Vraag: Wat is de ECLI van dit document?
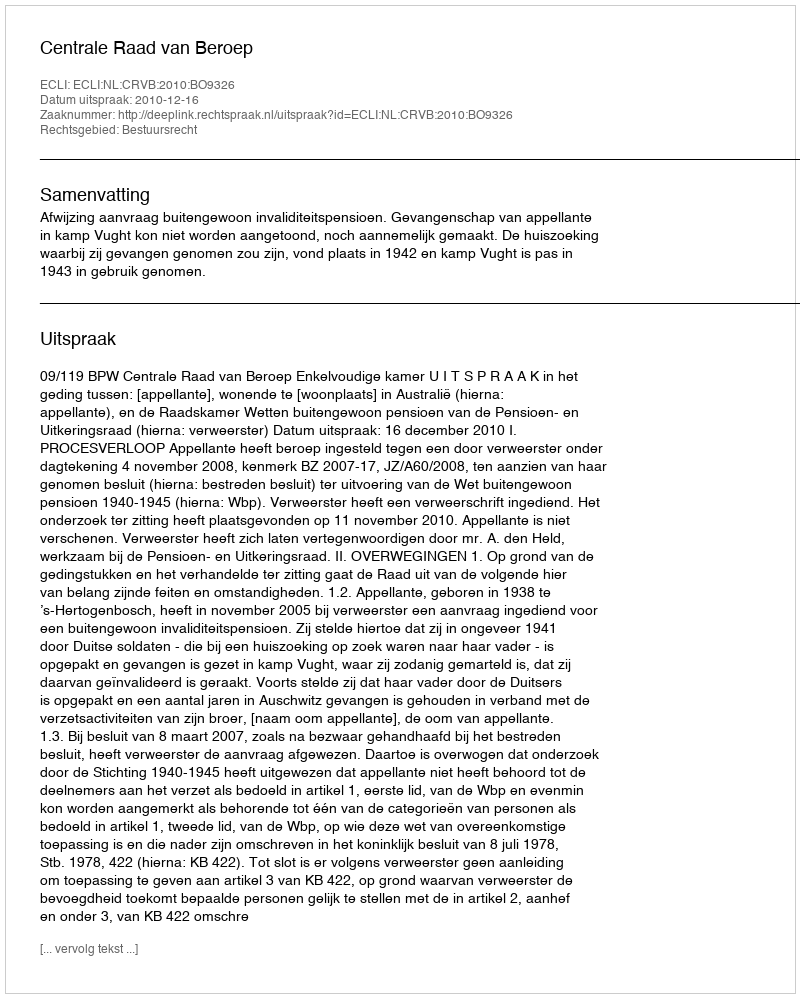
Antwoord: ECLI:NL:CRVB:2010:BO9326